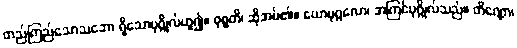
တည်ကြည်သောသဘော ရှိသောပုဂ္ဂိုလ်ဟူ၍။ ဝုစ္စတိ၊ ဆိုအပ်၏။ ယောပုဂ္ဂလော၊ အကြင်ပုဂ္ဂိုလ်သည်။ တိဏ္ဏော၊